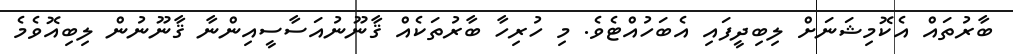
ބާރުތައް އެކޮމިޝަނަށް ލިބިދީފައި އެބަހުއްޓެވެ. މި ހުރިހާ ބާރުތަކެއް ޤާނޫނުއަސާސީއިންނާ ޤާނޫނުން ލިބިއޮވެމެ